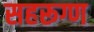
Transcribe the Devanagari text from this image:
सहरूग्ण